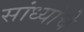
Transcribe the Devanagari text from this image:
सांध्यांचे